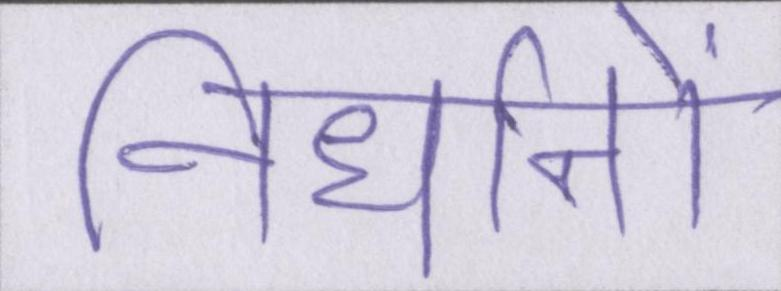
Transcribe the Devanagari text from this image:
निर्धानों